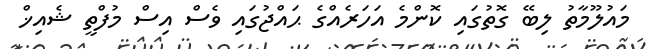
މައުލޫމާތު ލިބޭ ގޮތުގައި ކޮންމެ އަހަރެއްގެ ޙައްޖުގައި ވެސް އިސް މުފްތީ ޝެއިޚް